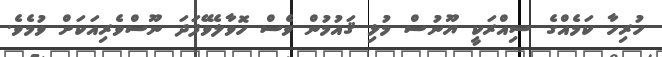
ހުރިހާ ކަމެއްގެ ސިއްރަކީ ޔޫނުސް މުޅި ޤައުމުން ވެސް ހޮވާލެވޭފަދަ ނޫސްވެރިއަކަށް ވުމެވެ.